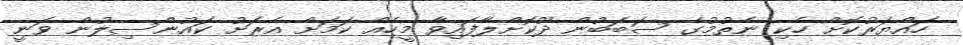
ހައްޔަރުކޮށް ހެކި ނެތުމުގެ ސަބަބުން ދޫކޮށްލާފައިވާ މީހެއް ކަމަށް އެރަށު ކައުންސިލުން ވަނީ